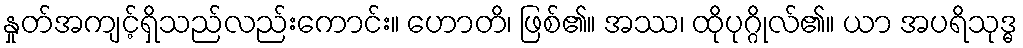
နှုတ်အကျင့်ရှိသည်လည်းကောင်း။ ဟောတိ၊ ဖြစ်၏။ အဿ၊ ထိုပုဂ္ဂိုလ်၏။ ယာ အပရိသုဒ္ဓ